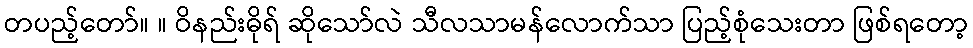
တပည့်တော်။ ။ ဝိနည်းဓိုရ် ဆိုသော်လဲ သီလသာမန်လောက်သာ ပြည့်စုံသေးတာ ဖြစ်ရတော့